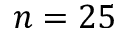
n = 2 5